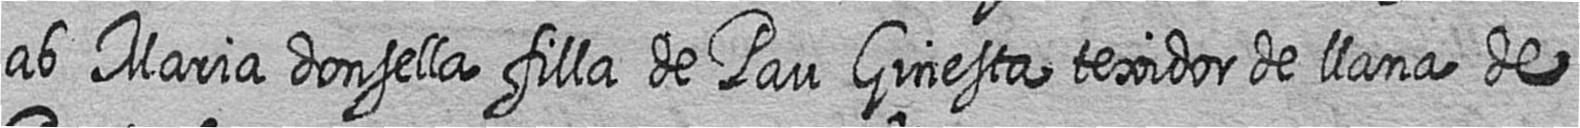
ab Maria donsella filla de Pau Ginesta texidor de llana de